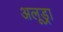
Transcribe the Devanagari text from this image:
अलूड्रा